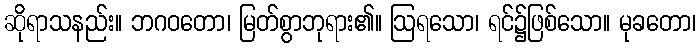
ဆိုရာသနည်း။ ဘဂဝတော၊ မြတ်စွာဘုရား၏။ ဩရသော၊ ရင်၌ဖြစ်သော။ မုခတော၊